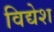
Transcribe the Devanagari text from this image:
विद्येश